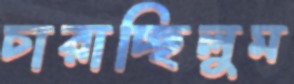
চারাচ্ছিলুম